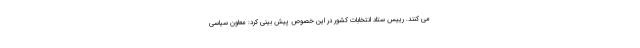
می کنند. رییس ستاد انتخابات کشور در این خصوص پیش بینی کرد: معاون سیاسی